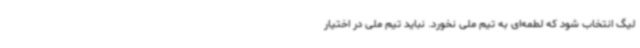
لیگ انتخاب شود که لطمه‌ای به تیم ملی نخورد. نباید تیم ملی در اختیار